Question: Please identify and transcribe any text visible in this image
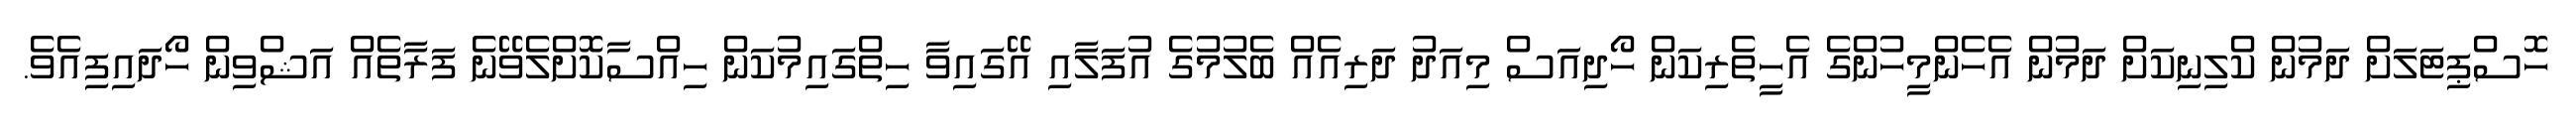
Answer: ހޮސްޕިޓަލަށް ދަމުން ކްލިނިކަށް ދަމުން އެހެންމީހުންގެ އެހީތެރިކަން ހޯދިއަސް މިއަދު ދަރިއެއް ބެލުމުގެ އުފަލާއި އޭގައިވާ ހިތްގައިމުކަން ހިއްސާކޮށްލެވޭނެ ފަރާތެއް އަޝްވިން ހޯދައިފިއެވެ.